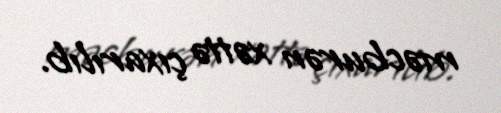
məcburən xəttə çıxarılıb.